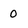
Character: 0